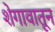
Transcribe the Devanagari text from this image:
शेगावातून